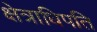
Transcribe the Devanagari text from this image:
क्षेत्राधिपति